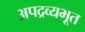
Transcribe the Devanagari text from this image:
अपद्रव्यभूत